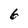
Character: 6